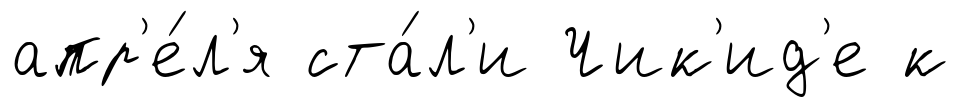
апр'е́л'я ста́л'и Чик'ид'е к